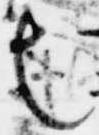
也